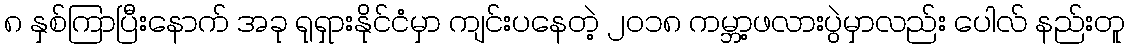
၈ နှစ်ကြာပြီးနောက် အခု ရုရှားနိုင်ငံမှာ ကျင်းပနေတဲ့ ၂၀၁၈ ကမ္ဘာ့ဖလားပွဲမှာလည်း ပေါလ် နည်းတူ